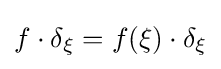
f\cdot \delta _{\xi }=f(\xi )\cdot \delta _{\xi }